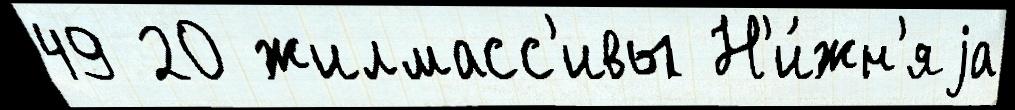
49 20 жилмасс'ивы Н'и́жн'яjа